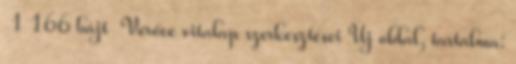
‎ 1 166 bájt ‎Verőce vitalap szerkesztései Új oldal, tartalma: